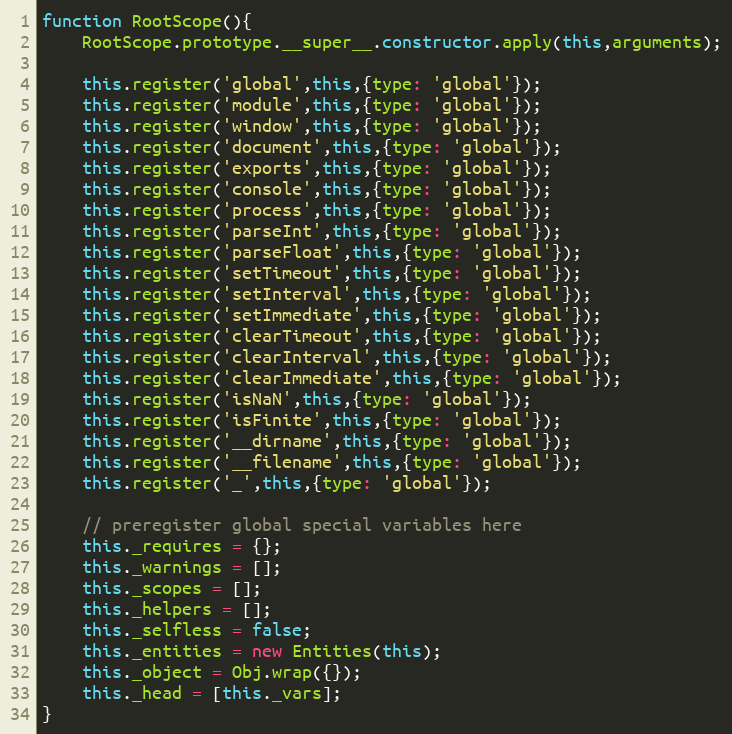
Language: JavaScript
function RootScope(){
	RootScope.prototype.__super__.constructor.apply(this,arguments);

	this.register('global',this,{type: 'global'});
	this.register('module',this,{type: 'global'});
	this.register('window',this,{type: 'global'});
	this.register('document',this,{type: 'global'});
	this.register('exports',this,{type: 'global'});
	this.register('console',this,{type: 'global'});
	this.register('process',this,{type: 'global'});
	this.register('parseInt',this,{type: 'global'});
	this.register('parseFloat',this,{type: 'global'});
	this.register('setTimeout',this,{type: 'global'});
	this.register('setInterval',this,{type: 'global'});
	this.register('setImmediate',this,{type: 'global'});
	this.register('clearTimeout',this,{type: 'global'});
	this.register('clearInterval',this,{type: 'global'});
	this.register('clearImmediate',this,{type: 'global'});
	this.register('isNaN',this,{type: 'global'});
	this.register('isFinite',this,{type: 'global'});
	this.register('__dirname',this,{type: 'global'});
	this.register('__filename',this,{type: 'global'});
	this.register('_',this,{type: 'global'});

	// preregister global special variables here
	this._requires = {};
	this._warnings = [];
	this._scopes = [];
	this._helpers = [];
	this._selfless = false;
	this._entities = new Entities(this);
	this._object = Obj.wrap({});
	this._head = [this._vars];
}